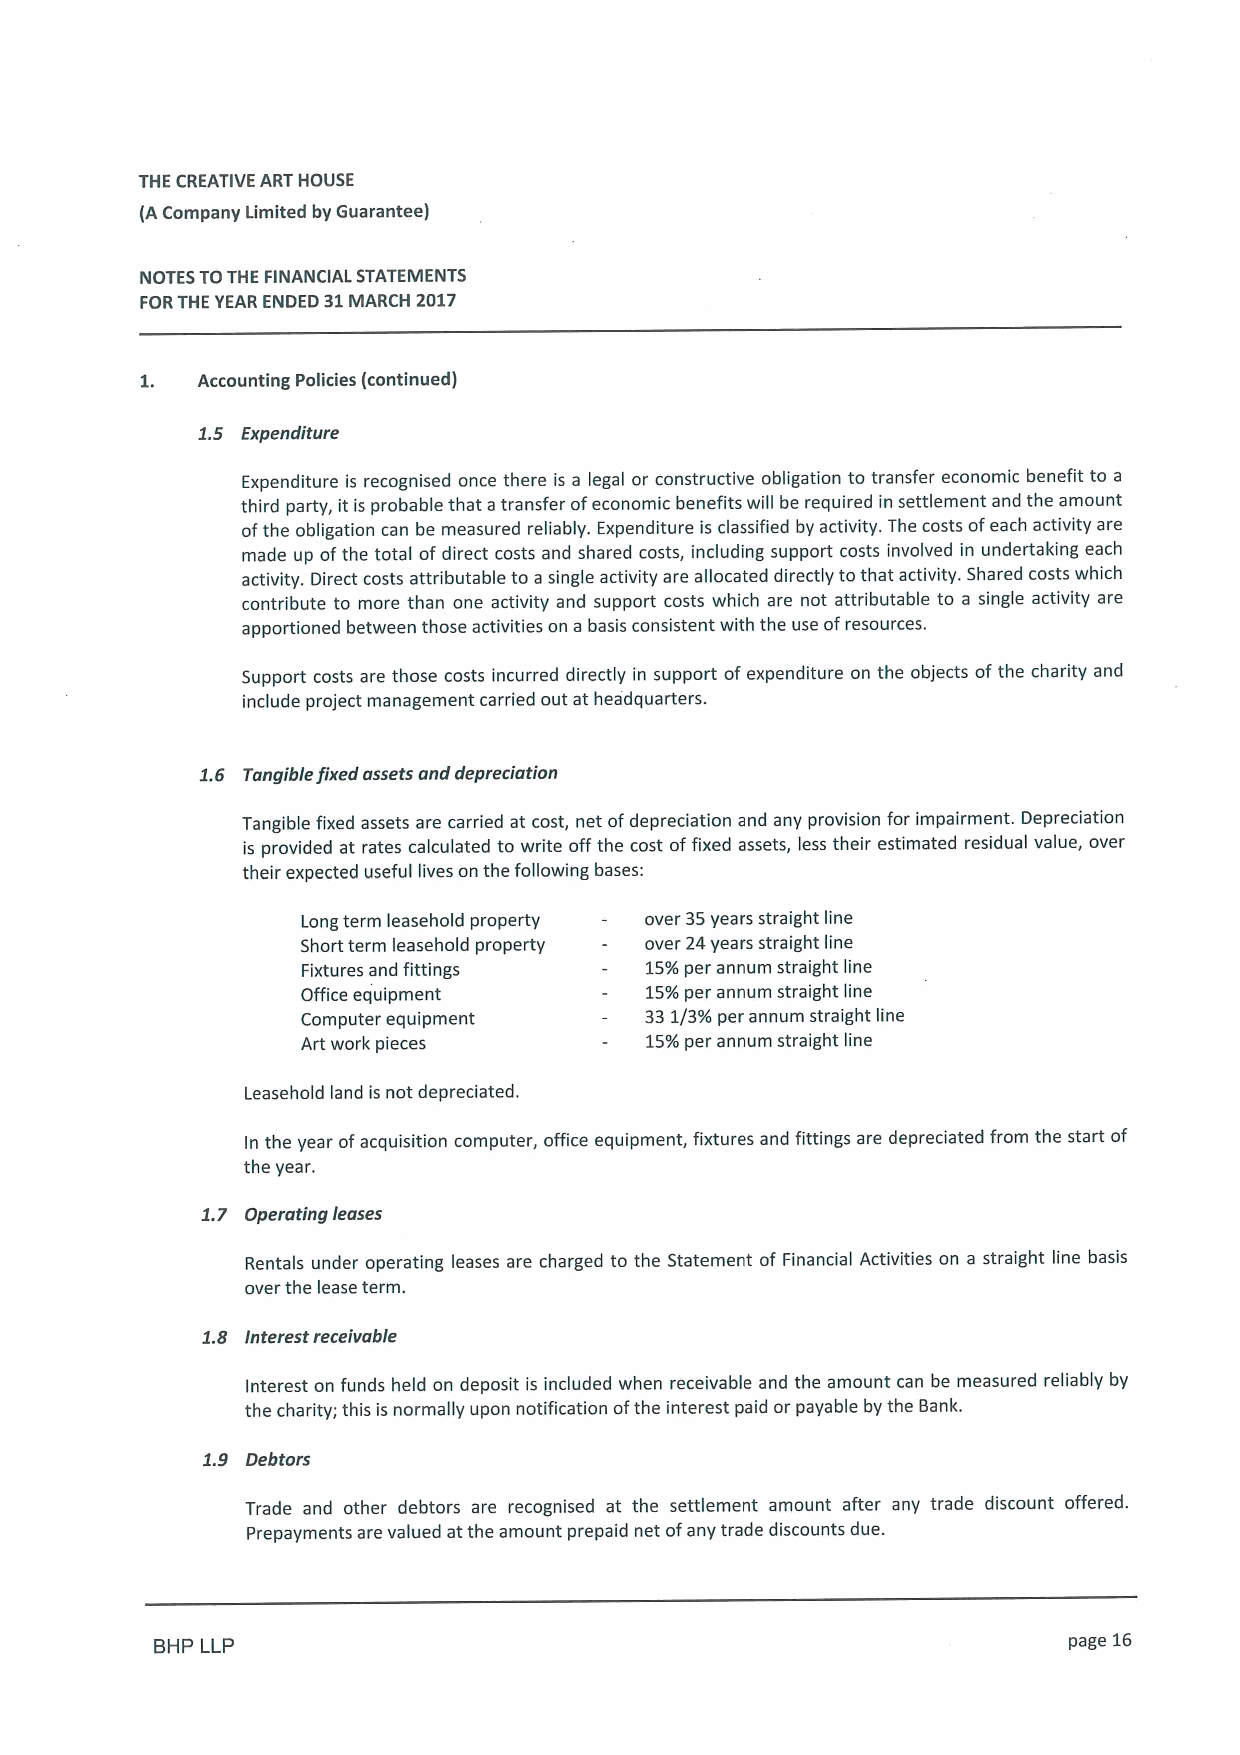
THE CREATIVE ART HOUSE
 (ACompany Limited by Guarantee)
 NOTES TOTHE FINANCIAL STATEMENTS
 FORTHE YEAR ENDED 31MARCH 2017
 1.  Accounting Policies (continued)
 1.5 Expenditure
 Expenditure is recognised once there is a legal or constructive obligation to transfer economic benefit to a
 third party, it is probable that atransfer ofeconomic benefits will be required in settlement and the amount
 ofthe obligation can be measured reliably. Expenditure is classified by activity. The costs ofeach activity are
 made up ofthe total of direct costs and shared costs, including support costs involved in undertaking each
 activity. Direct costs attributable to a single activity are allocated directly tothat activity. Shared costs which
 contribute to more than one activity and support costs which are not attributable to a single activity are
 apportioned between those activities on a basis consistent with the use ofresources.
 Support costs are those costs incurred directly in support ofexpenditure on the objects ofthe charity and
 include project management carried out at headquarters.
 1.6 Tangible fixed assets and depreciation
 Tangible fixed assets are carried at cost, net ofdepreciation and any provision for impairment. Depreciation
 is provided at rates calculated to write off the cost offixed assets, less their estimated residual value, over
 their expected useful lives on the following bases:
 Long term leasehold property over 35years straight line
 Short term leasehold property over 24years straight line
 Fixtures and fittings  15%per annum straight line
 Office equipment       15%per annum straight line
 Computer equipment     331/3% per annum straight line
 Art work pieces        15%per annum straight line
 Leasehold land is not depreciated.
 In the year ofacquisition computer, office equipment, fixtures and fittings are depreciated from the start of
 the year.
 1.7 Operating leases
 Rentals under operating leases are charged to the Statement of Financial Activities on a straight line basis
 over the lease term.
 1.S Interest receivable
 Interest on funds held on deposit is included when receivable and the amount can be measured reliably by
 the charity; this is normally upon notification ofthe interest paid or payable by the Bank.
 1.9 Debtors
 Trade and other debtors are recognised at the settlement amount after any trade discount offered.
 Prepayments are valued atthe amount prepaid net ofany trade discounts due.
 BHP LLP                                                      page 16